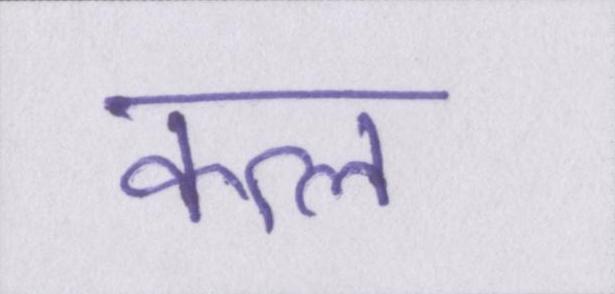
कत्ल